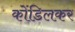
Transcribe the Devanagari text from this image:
कोंडिलकर